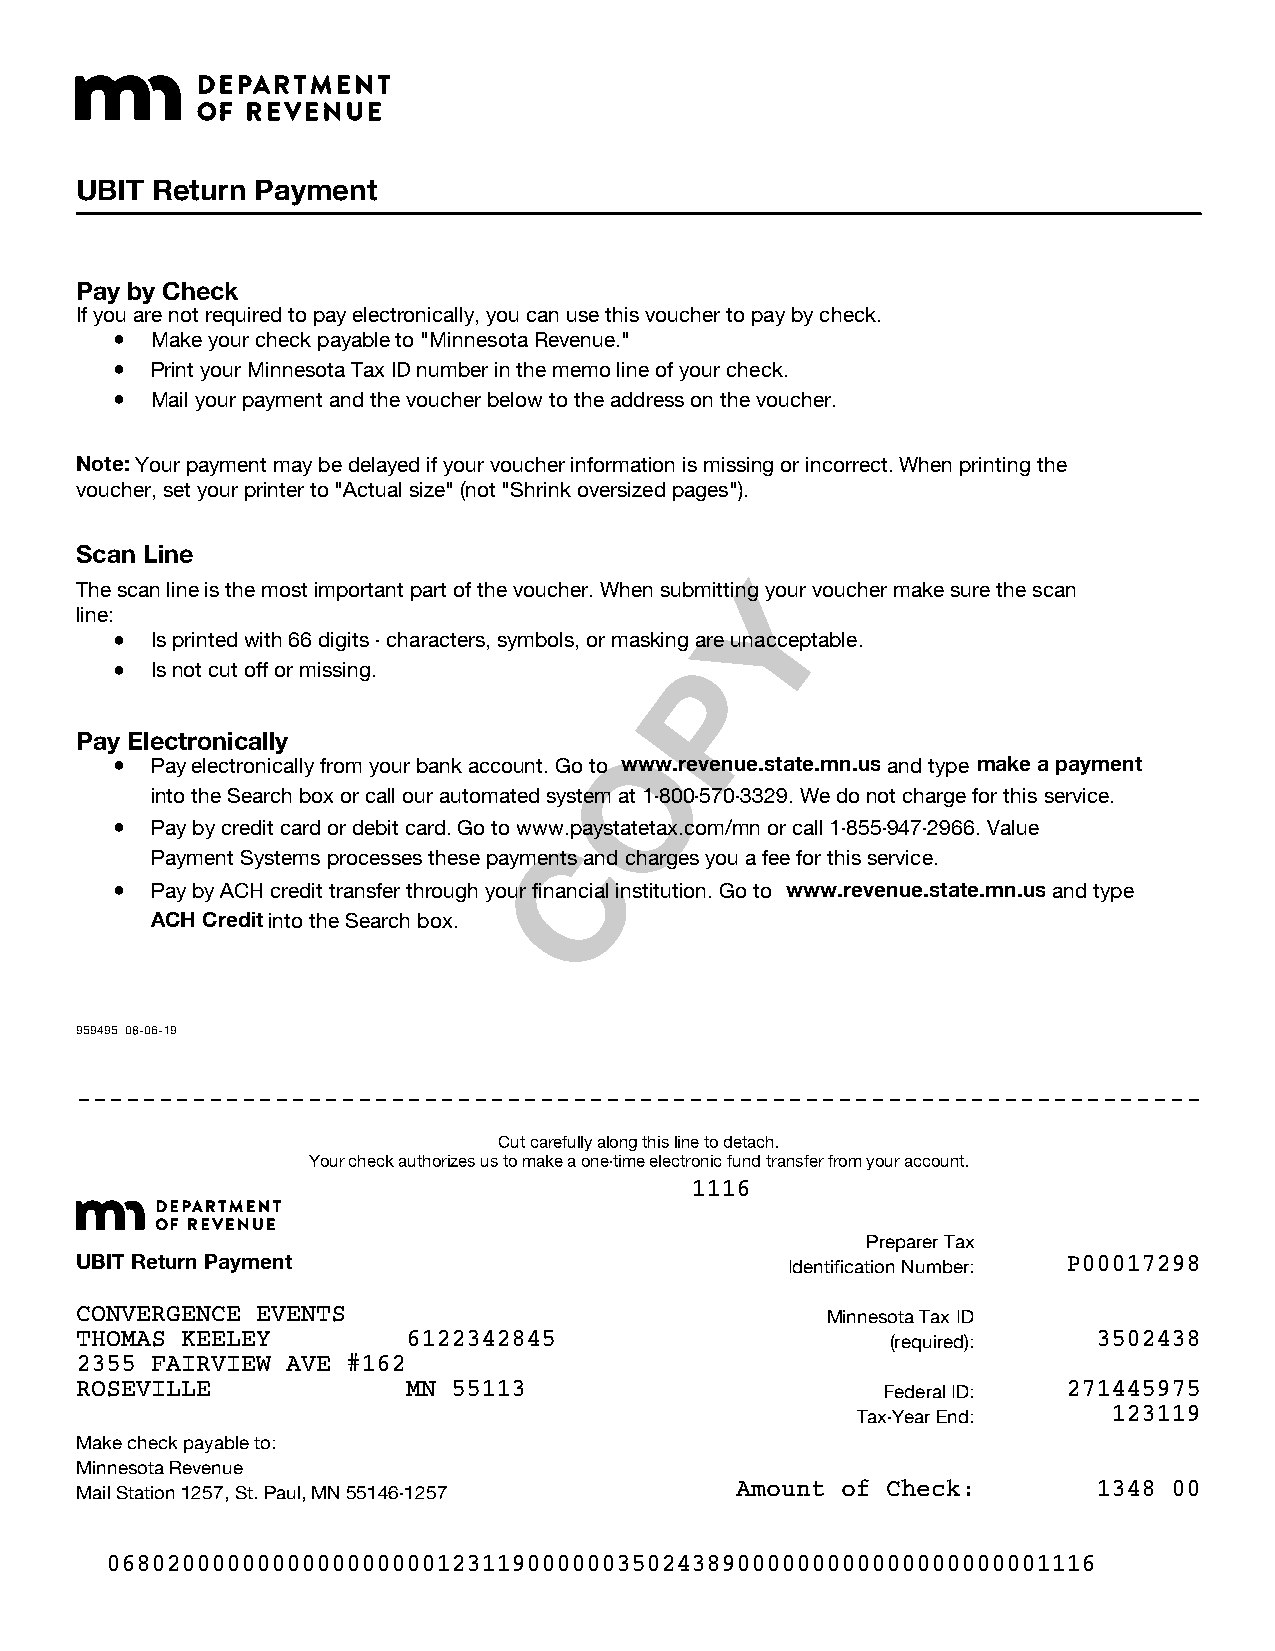
UBIT Return Payment
 Pay by Check
 If you are not required to pay electronically, you can use this voucher to pay by check.
 ¥ Make your check payable to "Minnesota Revenue."
 ¥ Print your Minnesota Tax ID number in the memo line of your check.
 ¥ Mail your payment and the voucher below to the address on the voucher.
 Note: Your payment may be delayed if your voucher information is missing or incorrect. When printing the
 voucher, set your printer to "Actual size" (not "Shrink oversized pages").
 Scan Line
 Y
 The scan line is the most important part of the voucher. When submitting your voucher make sure the scan
 line:
 ¥ Is printed with 66 digits - characters, symbols, or masking are unacceptable.
 P
 ¥ Is not cut off or missing.
 Pay Electronically                  O
 ¥ Pay electronically from your bank account. Go to www.revenue.state.mn.us and type make a payment
 into the Search box or call our automated system at 1-800-570-3329. We do not charge for this service.
 ¥ Pay by credit card or debit card. Go to www C.paystatetax.com/mn or call 1-855-947-2966. Value
 Payment Systems processes these payments and charges you a fee for this service.
 ¥ Pay by ACH credit transfer through your financial institution. Go to www.revenue.state.mn.us and type
 ACH Credit into the Search box.
 959495 08-06-19
 11111111111111111111111111111111111111111111111111111111111111111111
 Cut carefully along this line to detach.
 Your check authorizes us to make a one-time electronic fund transfer from your account.
 1116
 Preparer Tax
 UBIT Return Payment                            Identification Number: P00017298
 CONVERGENCE EVENTS                                Minnesota Tax ID
 THOMAS KEELEY         6122342845                      (required):   3502438
 2355 FAIRVIEW AVE #162
 ROSEVILLE             MN 55113                       Federal ID:  271445975
 Tax-Year End:    123119
 Make check payable to:
 Minnesota Revenue
 Mail Station 1257, St. Paul, MN 55146-1257  Amount of Check:        1348 00
 068020000000000000000012311900000035024389000000000000000000001116